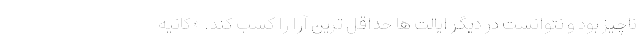
ناچیز بود و نتوانست در دیگر ایالت ها حداقل ترین آرا را کسب کند. «کانیه